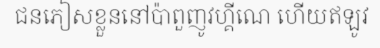
ជនភៀសខ្លួននៅប៉ាពួញូវហ្គីណេ ហើយឥឡូវ